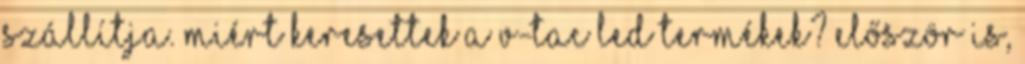
szállítja. Miért keresettek a V-TAC LED termékek? Először is,